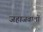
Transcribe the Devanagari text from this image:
जहाजवालों